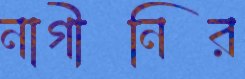
নাগীনির